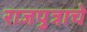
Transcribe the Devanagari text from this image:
राजपुत्राचे